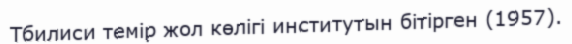
Тбилиси темір жол көлігі институтын бітірген (1957).